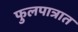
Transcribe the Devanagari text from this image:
फुलपात्रात